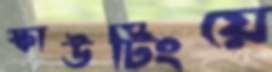
স্কাউটিংয়ে